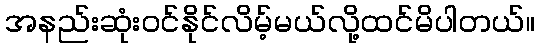
အနည်းဆုံးဝင်နိုင်လိမ့်မယ်လို့ထင်မိပါတယ်။